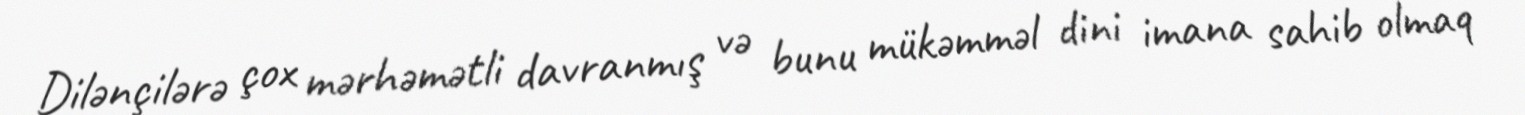
Dilənçilərə çox mərhəmətli davranmış və bunu mükəmməl dini imana sahib olmaq